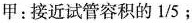
甲：接近试管容积的1/5﹔